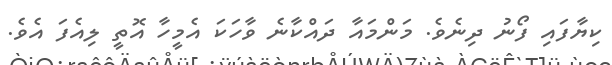
ކިޔާފައި ފޯނު ދިނެވެ. މަންމައާ ދައްކާނެ ވާހަކަ އެމީހާ އޮތީ ލިއެފަ އެވެ.